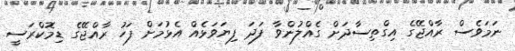
ނަމަވެސް ރާއްޖޭގެ އިގްތިސާދަށް ގެއްލުންވާ ފަދަ ފިޔަވަޅެއް އެޅުމަށް ފަހު ރާއްޖޭގެ ޑިމޮކްރަސީ